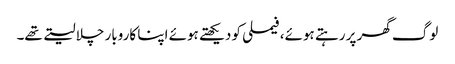
لوگ گھر پر رہتے ہوئے،فیملی کو دیکھتے ہوئے اپنا کاروبار چلا لیتے تھے۔